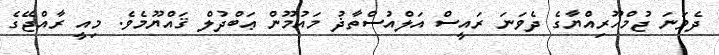
ދެވަނަ ޖުމްހޫރިއްޔާގެ ދެވަނަ ރައީސް އަލްއުސްތާޛު މައުމޫން ޢަބްދުލް ޤައްޔޫމެވެ. މިއީ ރާއްޖޭގެ